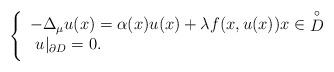
LaTeX: \begin{align*}\left\{\begin{array}{l}-\Delta_{\mu} u(x)=\alpha(x)u(x)+ \lambda f(x,u(x))x \in \mathop D\limits^ \circ\\\medskip\,\, u|_{\partial D}=0.\\\end{array}\right.\end{align*}